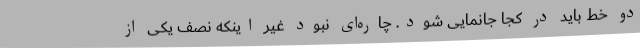
دو خط باید در کجا جانمایی شود. چاره‌ای نبود غیر اینکه نصف یکی از